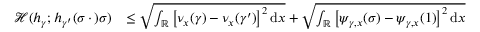
\begin{array} { r l } { { \mathscr { H } } ( h _ { \gamma } ; h _ { \gamma ^ { \prime } } ( \sigma \, \cdot \, ) \sigma ) } & { \leq \sqrt { \int _ { \mathbb { R } } \left[ \nu _ { x } ( \gamma ) - \nu _ { x } ( \gamma ^ { \prime } ) \right] ^ { 2 } \mathrm { d } x } + \sqrt { \int _ { \mathbb { R } } \left[ \psi _ { \gamma , x } ( \sigma ) - \psi _ { \gamma , x } ( 1 ) \right] ^ { 2 } \mathrm { d } x } } \end{array}